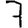
Digit: 7